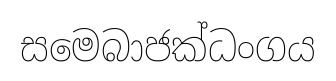
සමෙබාජක්ධංගය